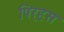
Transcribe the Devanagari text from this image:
पिर्‍हस